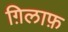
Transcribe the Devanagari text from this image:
ग़िलाफ़